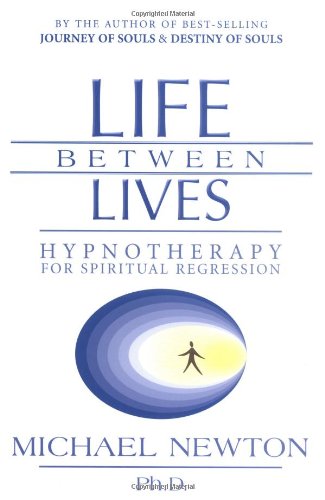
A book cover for Life Between Lives: Hypnotherapy for Spiritual Regression; Michael Newton; Religion & Spirituality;